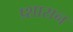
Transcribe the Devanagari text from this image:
प्र्शासन